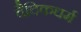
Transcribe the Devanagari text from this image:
वैदिकधर्म